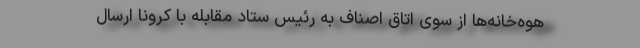
هوه‌خانه‌ها از سوی اتاق اصناف به رئیس ستاد مقابله با کرونا ارسال